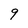
Character: 9